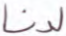
لدنا